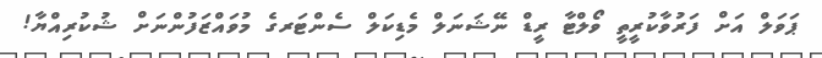
ޕަވަލް އަށް ފަރުވާކުރީތީ ވޯލްޓާ ރީޑް ނޭޝަނަލް މެޑިކަލް ސެންޓަރގެ މުވައްޒަފުންނަށް ޝުކުރިއްޔާ!